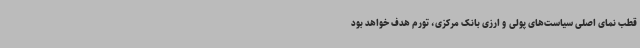
قطب نمای اصلی سیاست‌های پولی و ارزی بانک مرکزی، تورم هدف خواهد بود